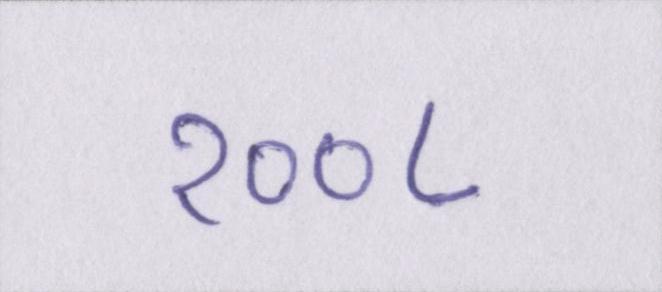
२००८